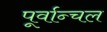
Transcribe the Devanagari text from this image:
पूर्वान्चल